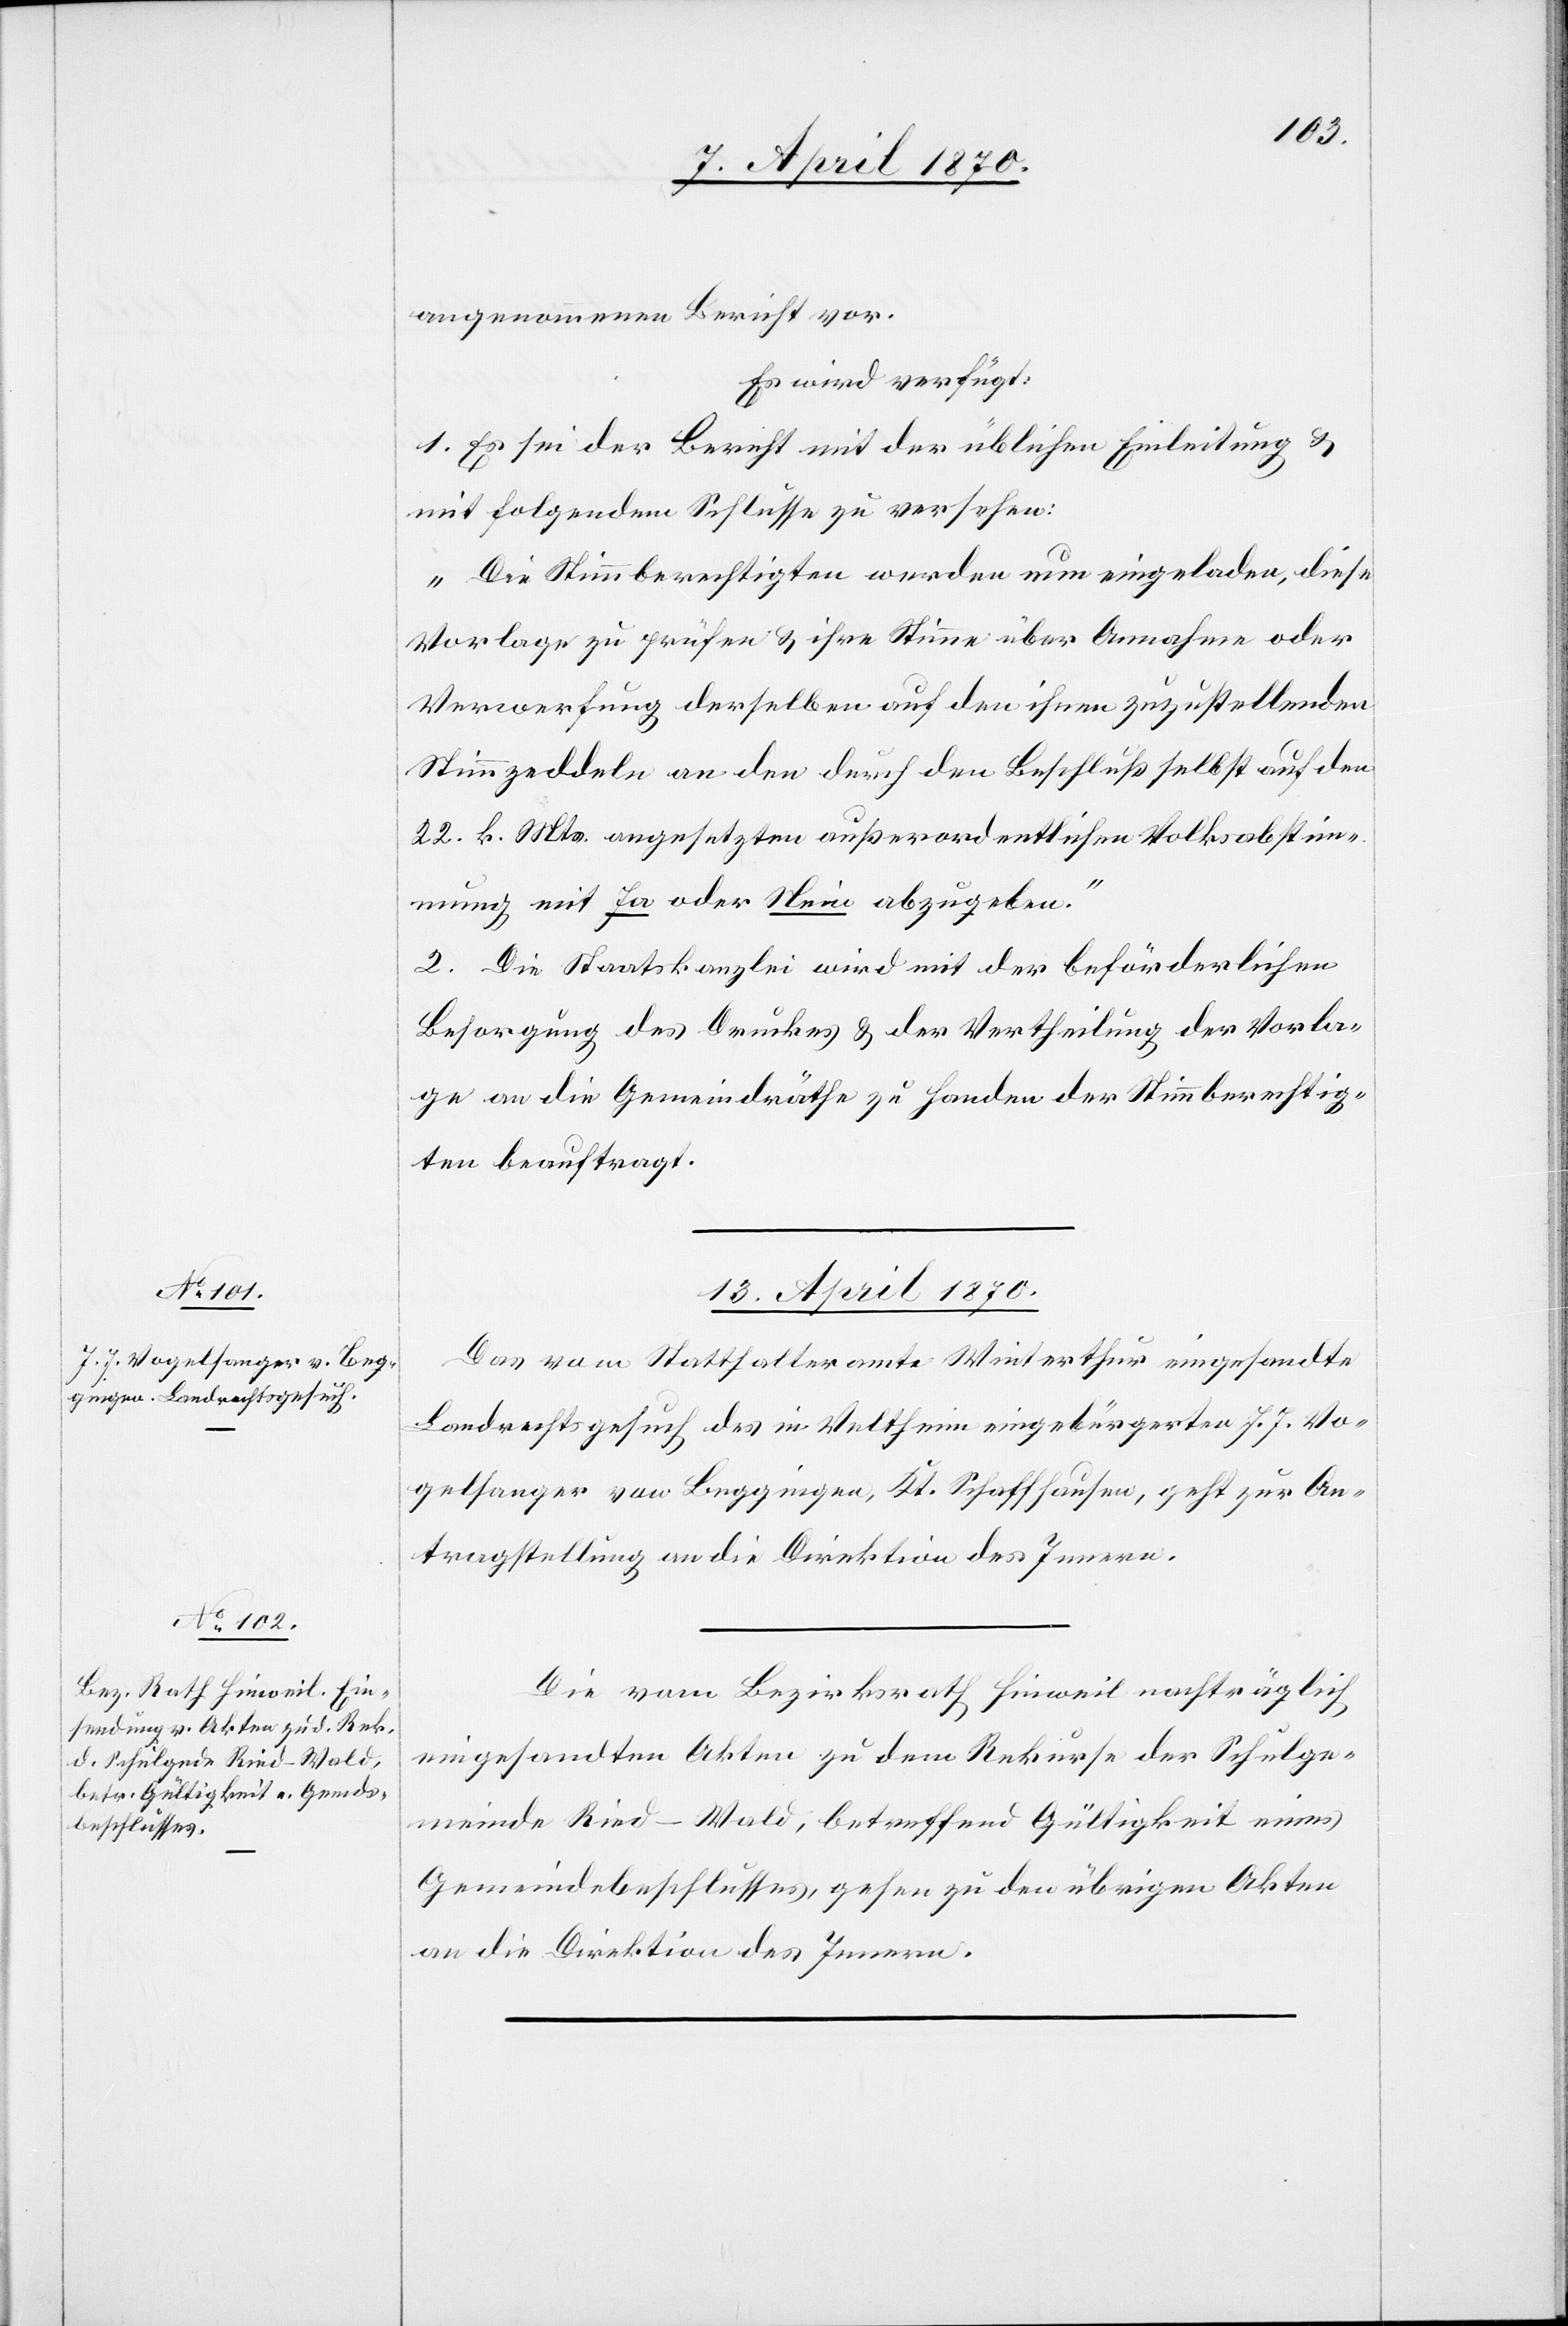
angenommenen Bericht vor.
Es wird verfügt:
1. Es sei der Bericht mit der üblichen Einleitung &
mit folgendem Schlusse zu versehen:
„Die Stimmberechtigten werden nun eingeladen, diese
Vorlage zu prüfen & ihre Stimme über Annahme oder
Verwerfung derselben auf den ihnen zuzustellenden
Stimmzeddeln an den [sic!] durch den Beschluß selbst auf den
22. k. Mts. angesetzten außerordentlichen Volksabstim¬
mung mit Ja oder Nein abzugeben.“
2. Die Staatskanzlei wird mit der beförderlichen
Besorgung des Druckes & der Vertheilung der Vorla¬
gen an die Gemeindräthe zu Handen der Stimmberechtig¬
ten beauftragt.
13. April 1870.]
Das vom Statthalteramte Winterthur eingesandte
Landrechtsgesuch des in Veltheim eingebürgerten J. J. Vo¬
gelsanger von Beggingen, Kt. Schaffhausen, geht zur An¬
tragstellung an die Direktion des Innern.
Die vom Bezirksrath Hinweil nachträglich
eingesandten Akten zu dem Rekurse der Schulge¬
meinde Ried - Wald, betreffend Gültigkeit eines
Gemeindebeschlusses, gehen zu den übrigen Akten
an die Direktion des Innern.